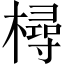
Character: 樳